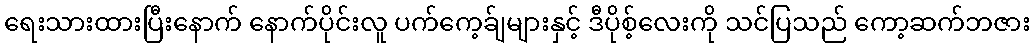
ရေးသားထားပြီးနောက် နောက်ပိုင်းလူ ပက်ကေ့ခ်ျများနှင့် ဒီပိုစ့်လေးကို သင်ပြသည် ကော့ဆက်ဘဇား